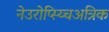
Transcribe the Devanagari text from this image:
नेउरोप्स्य्चिअत्रिक